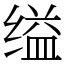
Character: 缢